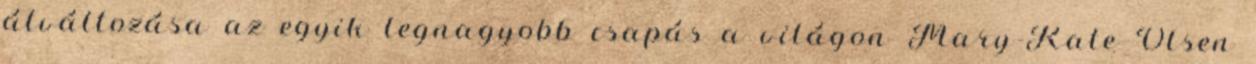
átváltozása az egyik legnagyobb csapás a világon Mary-Kate Olsen